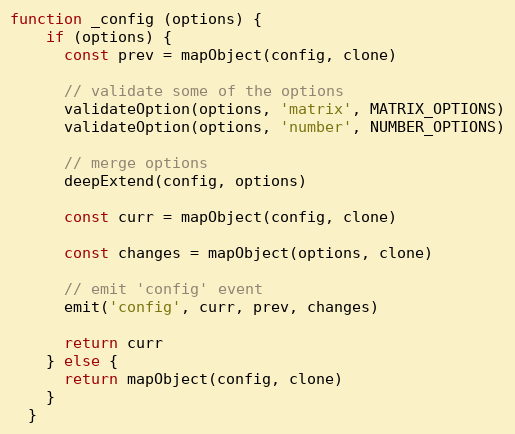
Language: JavaScript
function _config (options) {
    if (options) {
      const prev = mapObject(config, clone)

      // validate some of the options
      validateOption(options, 'matrix', MATRIX_OPTIONS)
      validateOption(options, 'number', NUMBER_OPTIONS)

      // merge options
      deepExtend(config, options)

      const curr = mapObject(config, clone)

      const changes = mapObject(options, clone)

      // emit 'config' event
      emit('config', curr, prev, changes)

      return curr
    } else {
      return mapObject(config, clone)
    }
  }